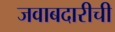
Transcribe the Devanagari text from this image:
जवाबदारीची